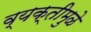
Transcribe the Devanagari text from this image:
व्यक्तीमुळे